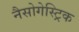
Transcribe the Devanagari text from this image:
नैसोगेस्ट्रिक